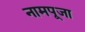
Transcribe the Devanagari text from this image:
नामपूजा